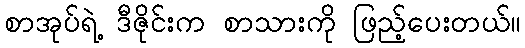
စာအုပ်ရဲ့ ဒီဇိုင်းက စာသားကို ဖြည့်ပေးတယ်။